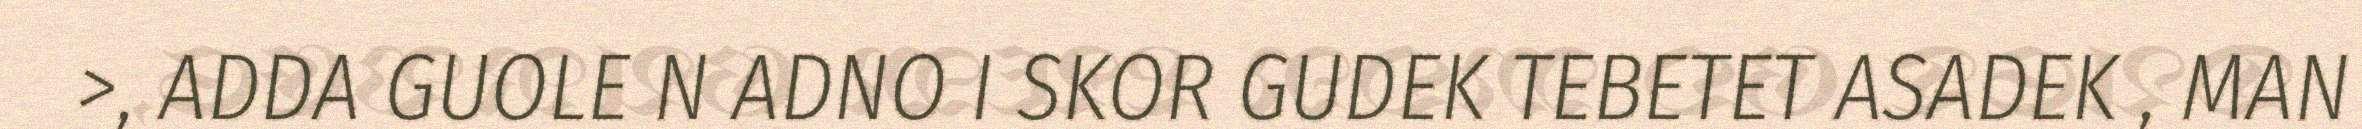
>, ADDA GUOLE N ADNO I SKOR GUDEK TEBETET ASADEK , MAN